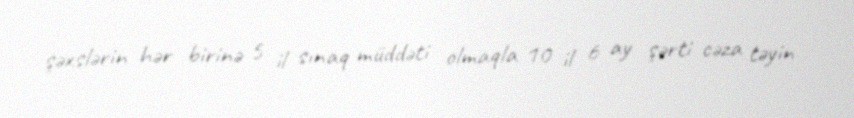
şəxslərin hər birinə 5 il sınaq müddəti olmaqla 10 il 6 ay şərti cəza təyin